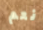
نعم